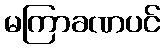
မကြာခဏပင်